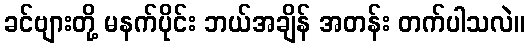
ခင်ဗျားတို့ မနက်ပိုင်း ဘယ်အချိန် အတန်း တက်ပါသလဲ။